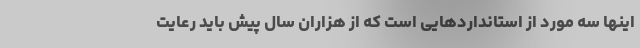
اینها سه مورد از استانداردهایی است که از هزاران سال پیش باید رعایت